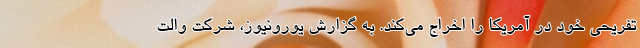
تفریحی خود در آمریکا را اخراج می‌کند. به گزارش یورونیوز، شرکت والت